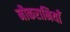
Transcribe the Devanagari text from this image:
नौकरानियाँ